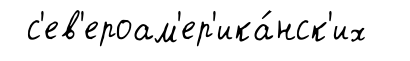
с'ев'ероам'ер'ика́нск'их